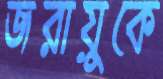
জরায়ুকে